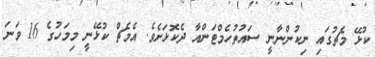
ކުޅޭ މެޗުގައި ނިކުންނާނީ ސައުތުހެމްޓަންއާ ދެކޮޅަށެވެ. އެމެޗް ކުޅޭނީ މިމަހުގެ 16 ވަނަ